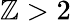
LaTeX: \mathbb{Z}>2